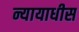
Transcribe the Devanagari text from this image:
न्यायाधीस